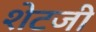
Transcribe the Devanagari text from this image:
शेटजी